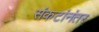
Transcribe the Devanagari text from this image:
संकटांनंतर